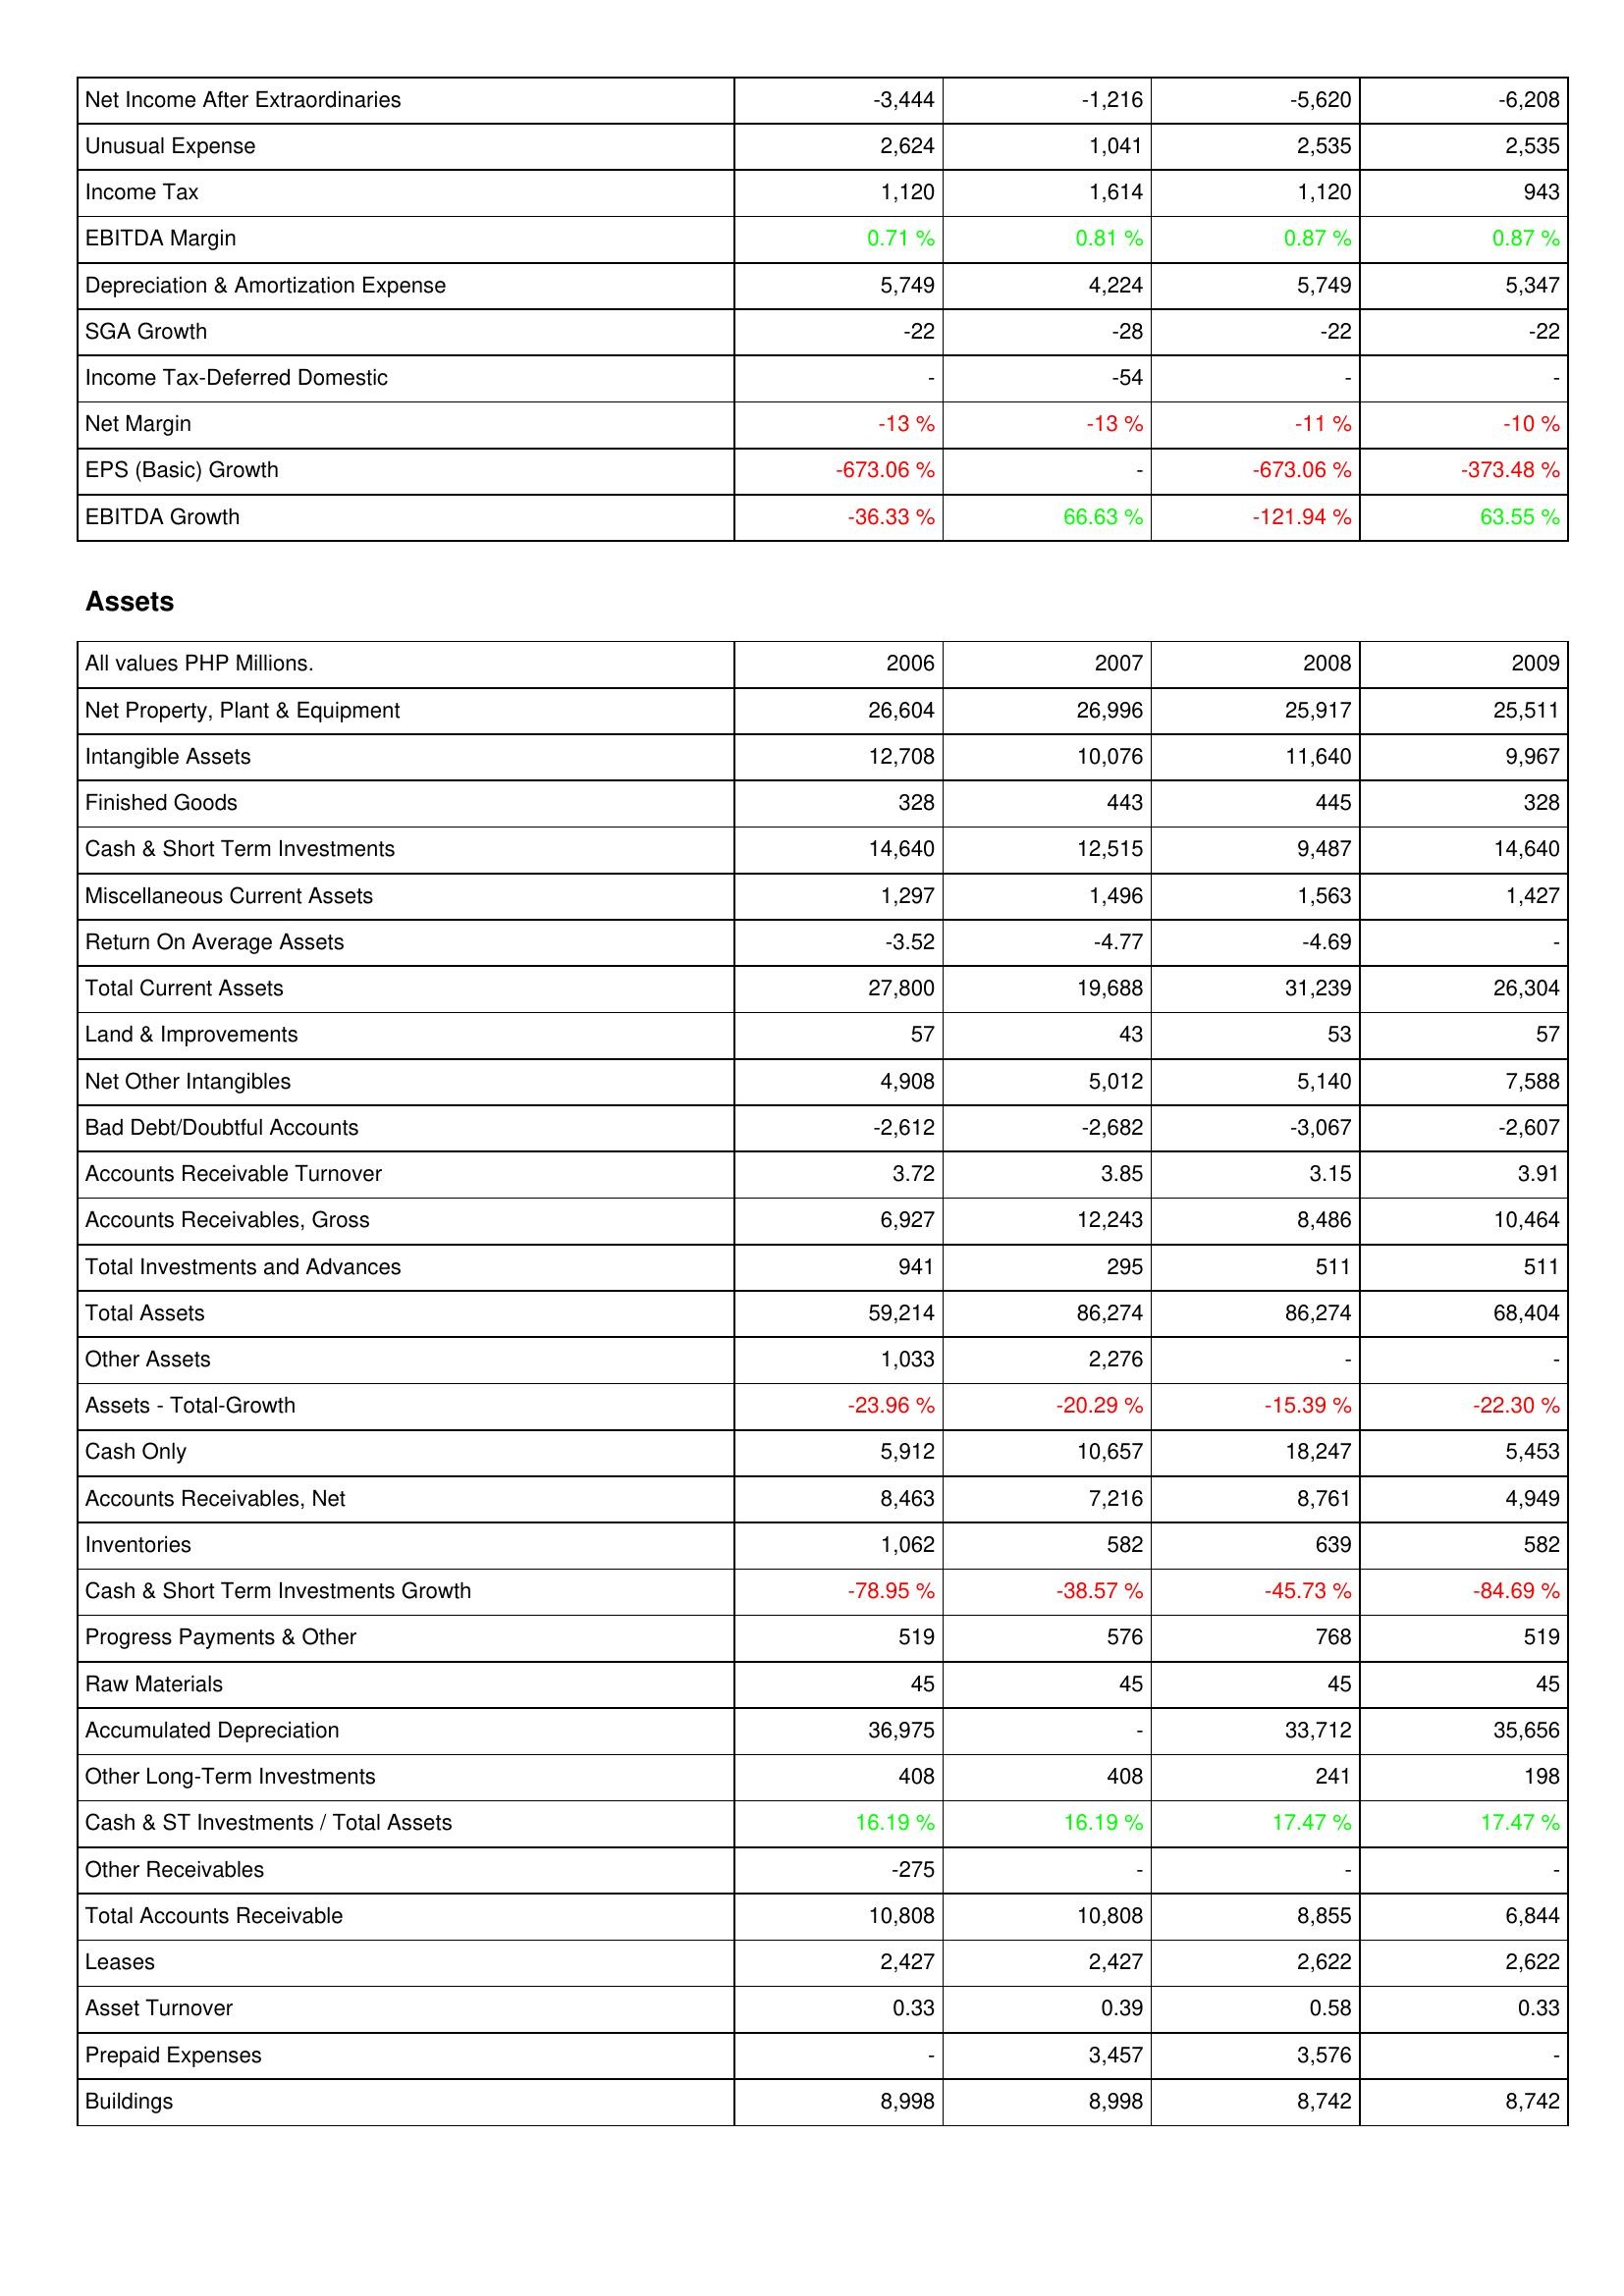
2006: Income Statement: Net Income After Extraordinaries: -3,444
Unusual Expense: 2,624
Income Tax: 1,120
EBITDA Margin: 0.71 %
Depreciation & Amortization Expense: 5,749
SGA Growth: -22
Income Tax-Deferred Domestic: -
Net Margin: -13 %
EPS (Basic) Growth: -673.06 %
EBITDA Growth: -36.33 %
Assets: Net Property, Plant & Equipment: 26,604
Intangible Assets: 12,708
Finished Goods: 328
Cash & Short Term Investments: 14,640
Miscellaneous Current Assets: 1,297
Return On Average Assets: -3.52
Total Current Assets: 27,800
Land & Improvements: 57
Net Other Intangibles: 4,908
Bad Debt/Doubtful Accounts: -2,612
Accounts Receivable Turnover: 3.72
Accounts Receivables, Gross: 6,927
Total Investments and Advances: 941
Total Assets: 59,214
Other Assets: 1,033
Assets - Total-Growth: -23.96 %
Cash Only: 5,912
Accounts Receivables, Net: 8,463
Inventories: 1,062
Cash & Short Term Investments Growth: -78.95 %
Progress Payments & Other: 519
Raw Materials: 45
Accumulated Depreciation: 36,975
Other Long-Term Investments: 408
Cash & ST Investments / Total Assets: 16.19 %
Other Receivables: -275
Total Accounts Receivable: 10,808
Leases: 2,427
Asset Turnover: 0.33
Prepaid Expenses: -
Buildings: 8,998
2007: Income Statement: Net Income After Extraordinaries: -1,216
Unusual Expense: 1,041
Income Tax: 1,614
EBITDA Margin: 0.81 %
Depreciation & Amortization Expense: 4,224
SGA Growth: -28
Income Tax-Deferred Domestic: -54
Net Margin: -13 %
EPS (Basic) Growth: -
EBITDA Growth: 66.63 %
Assets: Net Property, Plant & Equipment: 26,996
Intangible Assets: 10,076
Finished Goods: 443
Cash & Short Term Investments: 12,515
Miscellaneous Current Assets: 1,496
Return On Average Assets: -4.77
Total Current Assets: 19,688
Land & Improvements: 43
Net Other Intangibles: 5,012
Bad Debt/Doubtful Accounts: -2,682
Accounts Receivable Turnover: 3.85
Accounts Receivables, Gross: 12,243
Total Investments and Advances: 295
Total Assets: 86,274
Other Assets: 2,276
Assets - Total-Growth: -20.29 %
Cash Only: 10,657
Accounts Receivables, Net: 7,216
Inventories: 582
Cash & Short Term Investments Growth: -38.57 %
Progress Payments & Other: 576
Raw Materials: 45
Accumulated Depreciation: -
Other Long-Term Investments: 408
Cash & ST Investments / Total Assets: 16.19 %
Other Receivables: -
Total Accounts Receivable: 10,808
Leases: 2,427
Asset Turnover: 0.39
Prepaid Expenses: 3,457
Buildings: 8,998
2008: Income Statement: Net Income After Extraordinaries: -5,620
Unusual Expense: 2,535
Income Tax: 1,120
EBITDA Margin: 0.87 %
Depreciation & Amortization Expense: 5,749
SGA Growth: -22
Income Tax-Deferred Domestic: -
Net Margin: -11 %
EPS (Basic) Growth: -673.06 %
EBITDA Growth: -121.94 %
Assets: Net Property, Plant & Equipment: 25,917
Intangible Assets: 11,640
Finished Goods: 445
Cash & Short Term Investments: 9,487
Miscellaneous Current Assets: 1,563
Return On Average Assets: -4.69
Total Current Assets: 31,239
Land & Improvements: 53
Net Other Intangibles: 5,140
Bad Debt/Doubtful Accounts: -3,067
Accounts Receivable Turnover: 3.15
Accounts Receivables, Gross: 8,486
Total Investments and Advances: 511
Total Assets: 86,274
Other Assets: -
Assets - Total-Growth: -15.39 %
Cash Only: 18,247
Accounts Receivables, Net: 8,761
Inventories: 639
Cash & Short Term Investments Growth: -45.73 %
Progress Payments & Other: 768
Raw Materials: 45
Accumulated Depreciation: 33,712
Other Long-Term Investments: 241
Cash & ST Investments / Total Assets: 17.47 %
Other Receivables: -
Total Accounts Receivable: 8,855
Leases: 2,622
Asset Turnover: 0.58
Prepaid Expenses: 3,576
Buildings: 8,742
2009: Income Statement: Net Income After Extraordinaries: -6,208
Unusual Expense: 2,535
Income Tax: 943
EBITDA Margin: 0.87 %
Depreciation & Amortization Expense: 5,347
SGA Growth: -22
Income Tax-Deferred Domestic: -
Net Margin: -10 %
EPS (Basic) Growth: -373.48 %
EBITDA Growth: 63.55 %
Assets: Net Property, Plant & Equipment: 25,511
Intangible Assets: 9,967
Finished Goods: 328
Cash & Short Term Investments: 14,640
Miscellaneous Current Assets: 1,427
Return On Average Assets: -
Total Current Assets: 26,304
Land & Improvements: 57
Net Other Intangibles: 7,588
Bad Debt/Doubtful Accounts: -2,607
Accounts Receivable Turnover: 3.91
Accounts Receivables, Gross: 10,464
Total Investments and Advances: 511
Total Assets: 68,404
Other Assets: -
Assets - Total-Growth: -22.30 %
Cash Only: 5,453
Accounts Receivables, Net: 4,949
Inventories: 582
Cash & Short Term Investments Growth: -84.69 %
Progress Payments & Other: 519
Raw Materials: 45
Accumulated Depreciation: 35,656
Other Long-Term Investments: 198
Cash & ST Investments / Total Assets: 17.47 %
Other Receivables: -
Total Accounts Receivable: 6,844
Leases: 2,622
Asset Turnover: 0.33
Prepaid Expenses: -
Buildings: 8,742